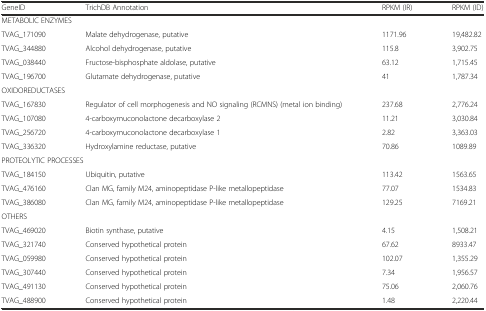
| GeneID | TrichDB Annotation | RPKM (IR) | RPKM (ID) |
 | --- | --- | --- | --- |
 | <COLSPAN=4> METABOLIC ENZYMES |
 | TVAG_171090 | Malate dehydrogenase, putative | 1171.96 | 19,482.82 |
 | TVAG_344880 | Alcohol dehydrogenase, putative | 115.8 | 3,902.75 |
 | TVAG_038440 | Fructose-bisphosphate aldolase, putative | 63.12 | 1,715.45 |
 | TVAG_196700 | Glutamate dehydrogenase, putative | 41 | 1,787.34 |
 | <COLSPAN=4> OXIDOREDUCTASES |
 | TVAG_167830 | Regulator of cell morphogenesis and NO signaling (RCMNS) (metal ion binding) | 237.68 | 2,776.24 |
 | TVAG_107080 | 4-carboxymuconolactone decarboxylase 2 | 11.21 | 3,030.84 |
 | TVAG_256720 | 4-carboxymuconolactone decarboxylase 1 | 2.82 | 3,363.03 |
 | TVAG_336320 | Hydroxylamine reductase, putative | 70.86 | 1089.89 |
 | <COLSPAN=4> PROTEOLYTIC PROCESSES |
 | TVAG_184150 | Ubiquitin, putative | 113.42 | 1563.65 |
 | TVAG_476160 | Clan MG, family M24, aminopeptidase P-like metallopeptidase | 77.07 | 1534.83 |
 | TVAG_386080 | Clan MG, family M24, aminopeptidase P-like metallopeptidase | 129.25 | 7169.21 |
 | <COLSPAN=4> OTHERS |
 | TVAG_469020 | Biotin synthase, putative | 4.15 | 1,508.21 |
 | TVAG_321740 | Conserved hypothetical protein | 67.62 | 8933.47 |
 | TVAG_059980 | Conserved hypothetical protein | 102.07 | 1,355.29 |
 | TVAG_307440 | Conserved hypothetical protein | 7.34 | 1,956.57 |
 | TVAG_491130 | Conserved hypothetical protein | 75.06 | 2,060.76 |
 | TVAG_488900 | Conserved hypothetical protein | 1.48 | 2,220.44 |